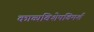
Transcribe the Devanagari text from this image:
काव्यविशेषविमर्श